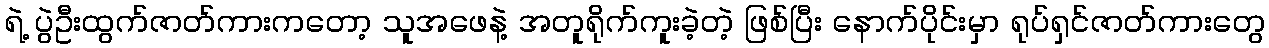
ရဲ့ ပွဲဦးထွက်ဇာတ်ကားကတော့ သူအဖေနဲ့ အတူရိုက်ကူးခဲ့တဲ့ ဖြစ်ပြီး နောက်ပိုင်းမှာ ရုပ်ရှင်ဇာတ်ကားတွေ